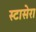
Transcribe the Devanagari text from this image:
स्टासेरा